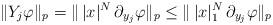
LaTeX: \begin{align*}\|Y_j\varphi\|_p=\|\, |x|^N\,\partial_{y_j}\varphi\|_p\leq \|\, |x|_1^N\,\partial_{y_j}\varphi\|_p\end{align*}